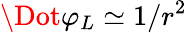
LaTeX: \Dot{\varphi_{L}}\simeq 1/r^{2}